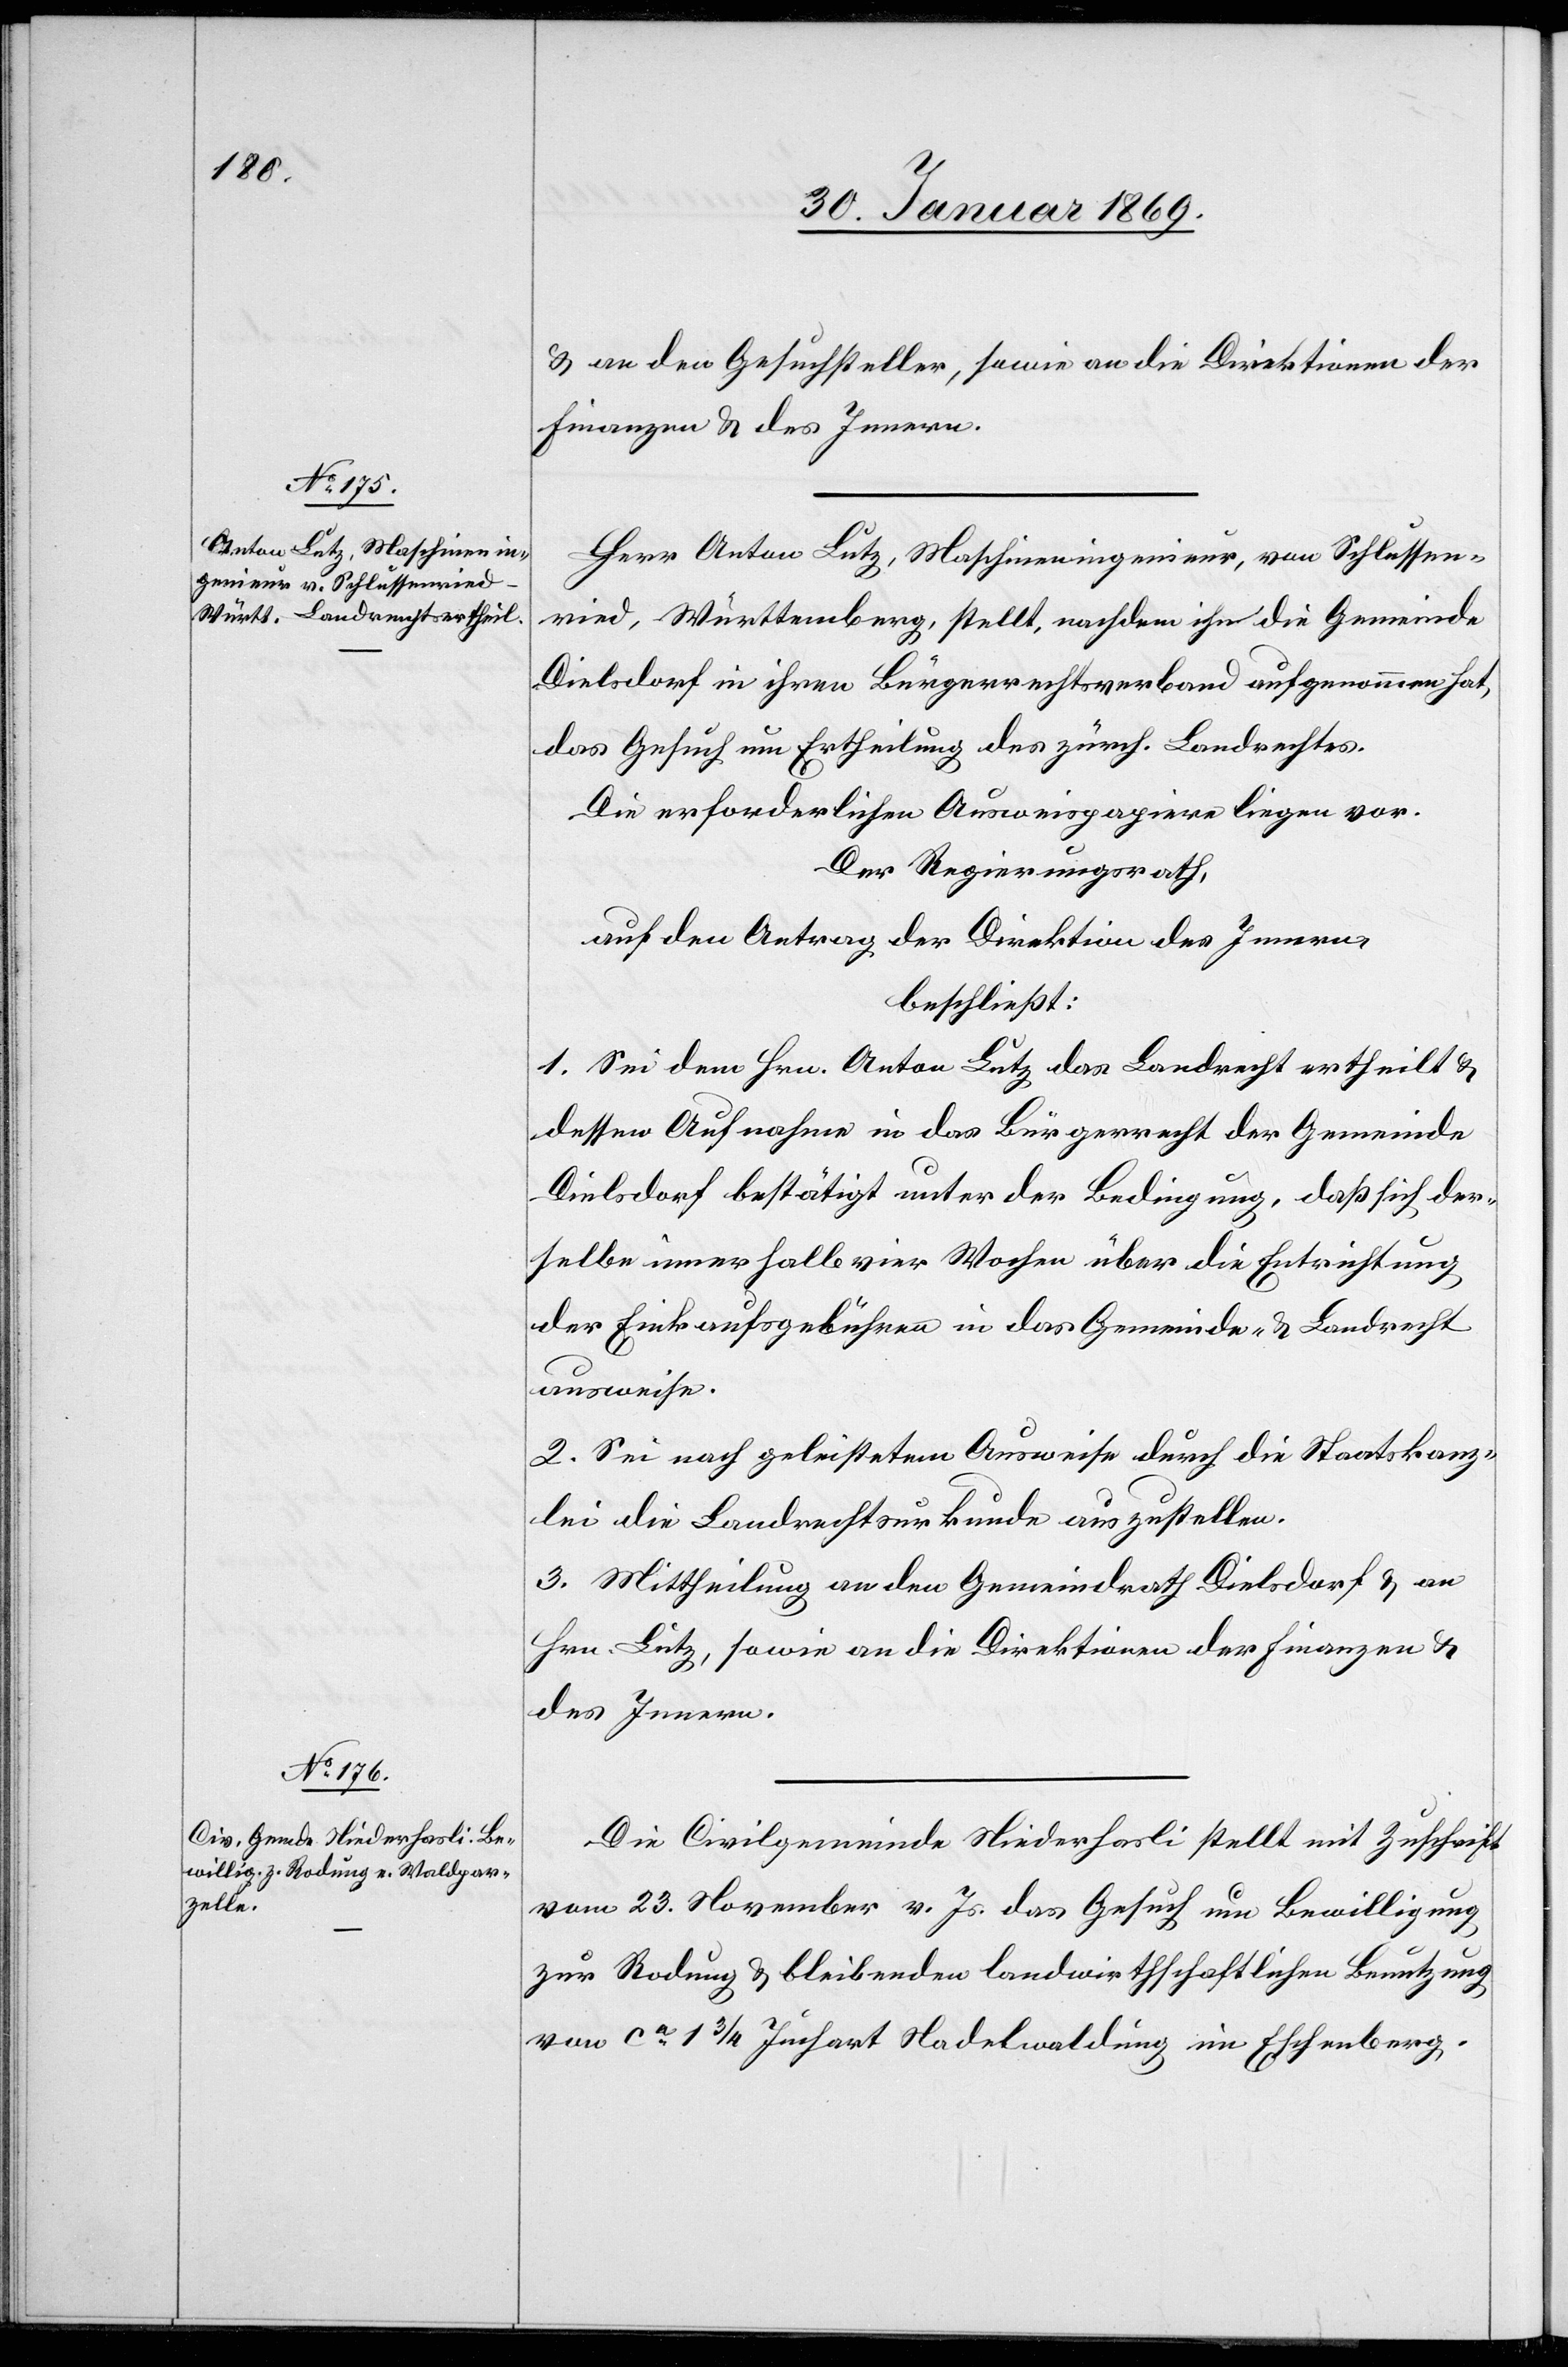
u. an den Gesuchsteller, sowie an die Direktionen der
Finanzen u. des Innern.
Herr Anton Lutz, Maschineningenieur, von Schlussen¬
ried, Württemberg, stellt, nachdem ihn die Gemeinde
Dielsdorf in ihrem Bürgerrechtsverband aufgenommen hat,
das Gesuch um Ertheilung des zürch. Landrechtes.
Die erforderlichen Ausweispapiere liegen vor.
Der Regierungsrath,
auf den Antrag der Direktion des Innern,
beschliesst:
1. Sei dem Hrn. Anton Lutz das Landrecht ertheilt u.
dessen Aufnahme in das Bürgerrecht der Gemeinde
Dielsdorf bestätigt unter der Bedingung, daß sich der¬
selbe innerhalb vier Wochen über die Entrichtung
der Einkaufsgebühren in das Gemeinde- u. Landrecht
ausweise.
2. Sei nach geleistetem Ausweise durch die Staatskanz¬
lei die Landrechtsurkunde auszustellen.
3. Mittheilung an den Gemeindrath Dielsdorf u. an
Hrn. Lutz, sowie an die Direktionen der Finanzen u.
des Innern.
Die Civilgemeinde Niederhasli stellt mit Zuschrift
vom 23. November v. Js. das Gesuch um Bewilligung
zur Rodung u. bleibenden landwirthschaftlichen Benutzung
von ca 1 3/4 Juchart Nadelwaldung im Eschenberg.